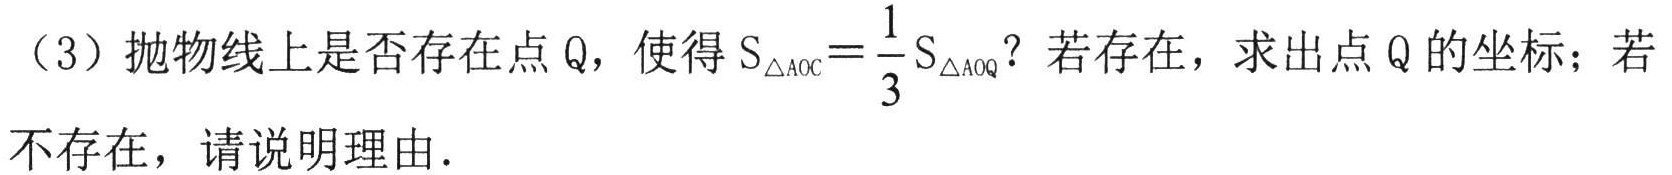
（3）抛物线上是否存在点 Q，使得 \(S_{\triangle AOC}=\frac{1}{3}S_{\triangle AOQ}\)？若存在，求出点 Q 的坐标；若不存在，请说明理由.